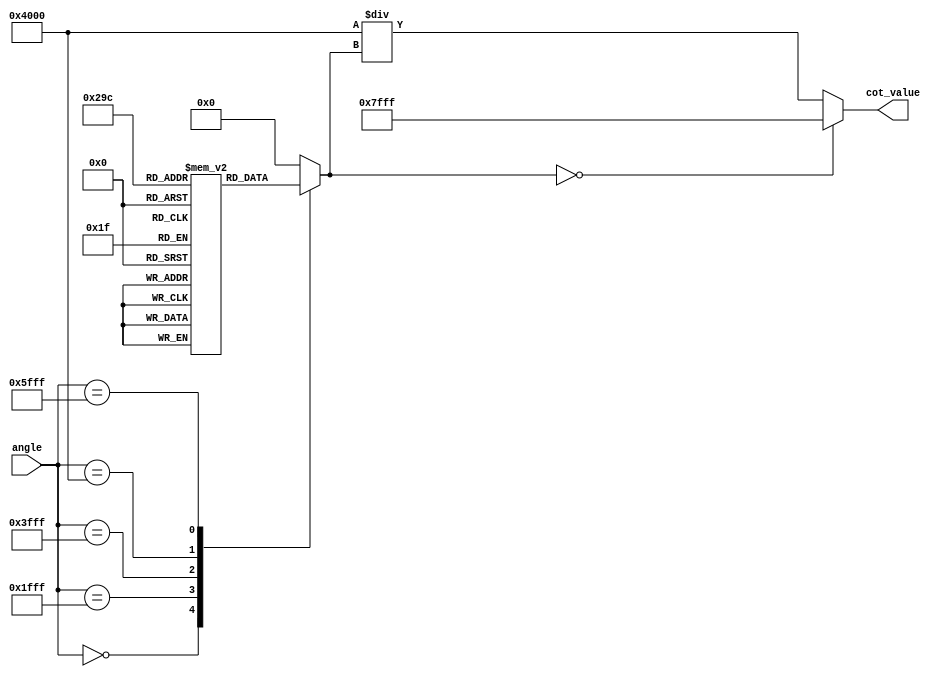
module cotangent (
    input [15:0] angle,        // Input angle in radians (fixed-point format)
    output reg [15:0] cot_value // Output cotangent value (fixed-point format)
);

    // Define a lookup table for tangent values for specific angles
    reg [15:0] tan_lut [0:4]; // Example LUT for tan(0), tan(/4), tan(/2), tan(), tan(3/4)
    
    initial begin
        // Initialize tangent lookup table
        tan_lut[0] = 16'h0000; // tan(0) = 0
        tan_lut[1] = 16'h4000; // tan(/4) = 1
        tan_lut[2] = 16'hFFFF; // tan(/2) = undefined (use large value for error)
        tan_lut[3] = 16'h0000; // tan() = 0
        tan_lut[4] = 16'hC000; // tan(3/4) = -1
    end
    
    reg [15:0] tan_value; // Computed tangent value
    
    always @(*) begin
        // Angle normalization to [0, 2) range can be implemented here
        // For simplicity, we assume angle is already normalized

        // Determine the tangent value using LUT based on the normalized angle
        case (angle)
            16'h0000: tan_value = tan_lut[0]; // tan(0)
            16'h1FFF: tan_value = tan_lut[1]; // tan(/4)
            16'h3FFF: tan_value = tan_lut[2]; // tan(/2) (undefined case)
            16'h4000: tan_value = tan_lut[3]; // tan()
            16'h5FFF: tan_value = tan_lut[4]; // tan(3/4)
            default: tan_value = 16'h0000; // Default case (error handling)
        endcase

        // Compute the cotangent value based on tan_value
        if (tan_value == 16'h0000) begin
            // Division by zero case, cotangent is undefined (set to a large value)
            cot_value = 16'h7FFF; // Example: set cot_value to max (infinity)
        end else begin
            // cot(x) = 1 / tan(x). Since this is fixed-point, we can use a simple inversion formula.
            // The inversion can be done using a simple multiplication with fixed-point shifting
            cot_value = (16'h4000 / tan_value); // 16'h4000 represents 1 in fixed-point
        end
    end

endmodule